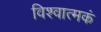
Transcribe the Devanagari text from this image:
विश्वात्मकं